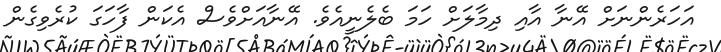
އަހަރެންނަށް އޭނާ އާއި ދިމާލަށް ހަމަ ބެލެނީއެވެ. އޭނާއަށްވެސް އެކަން ފާހަގަ ކުރެވިގެން